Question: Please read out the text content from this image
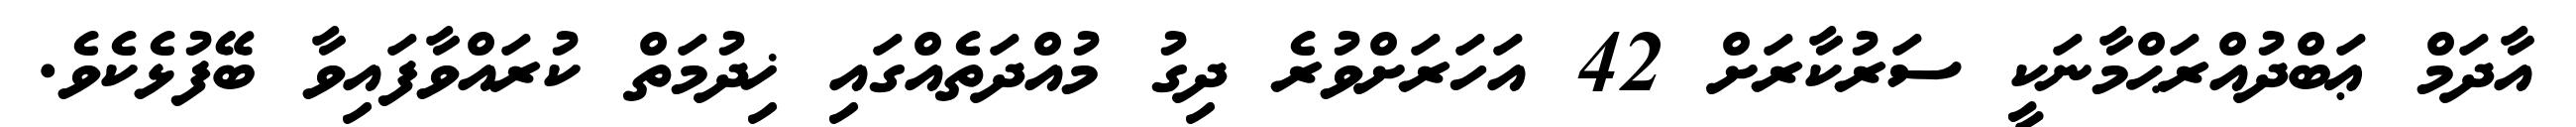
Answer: އާދަމް ޢަބްދުއްރަޙްމާނަކީ ސަރުކާރަށް 42 އަހަރަށްވުރެ ދިގު މުއްދަތެއްގައި ޚިދުމަތް ކުރައްވާފައިވާ ބޭފުޅެކެވެ.